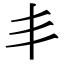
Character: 丯